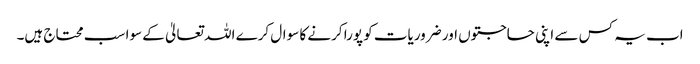
اب یہ کس سے اپنی حاجتوں اور ضروریات کو پورا کرنے کا سوال کرے اللہ تعالیٰ کے سوا سب محتاج ہیں۔